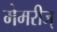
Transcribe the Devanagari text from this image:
मेमरीज्